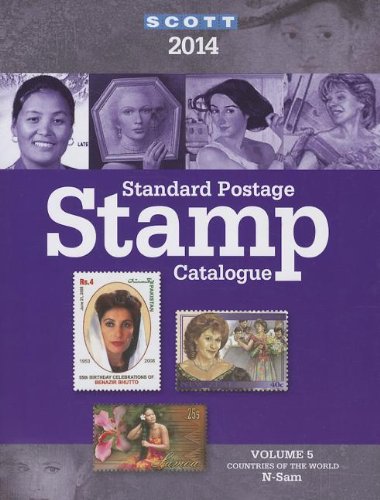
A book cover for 2014 Scott Standard Postage Stamp Catalogue Volume 5: Countries of the World N-Sam (Scott Standard Postage Stamp Catalogue Vol 5 Countries N-Sam); Charles Snee; Crafts, Hobbies & Home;